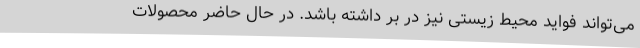
می‌تواند فواید محیط زیستی نیز در بر داشته باشد. در حال حاضر محصولات